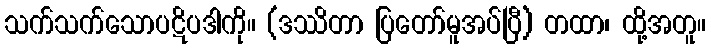
သက်သက်သောပဋိပဒါကို။ (ဒဿိတာ ပြတော်မူအပ်ပြီ) တထာ၊ ထို့အတူ။